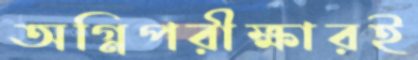
অগ্নিপরীক্ষারই